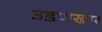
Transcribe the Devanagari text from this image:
उडणखार